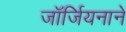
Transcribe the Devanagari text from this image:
जॉर्जियनाने